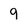
Character: 9